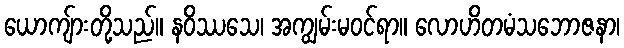
ယောကျ်ားတို့သည်။ နဝိဿသေ၊ အကျွမ်းမဝင်ရာ။ လောဟိတမံသဘောဇနာ၊